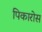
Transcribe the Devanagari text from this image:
पिकारोस